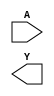
module sky130_fd_sc_lp__invkapwr (
    //# {{data|Data Signals}}
    input  A,
    output Y
);

    // Voltage supply signals
    supply1 VPWR ;
    supply0 VGND ;
    supply1 KAPWR;
    supply1 VPB  ;
    supply0 VNB  ;

endmodule